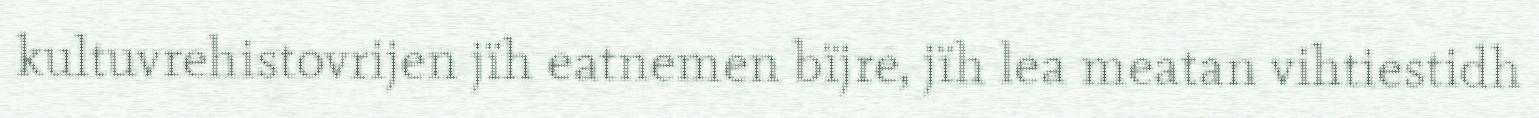
kultuvrehistovrijen jïh eatnemen bïjre, jïh lea meatan vihtiestidh